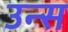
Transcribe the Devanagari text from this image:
उन्स